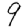
Digit: 9